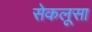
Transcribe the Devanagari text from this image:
सेकलूसा